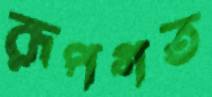
রূপগত